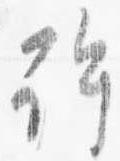
許